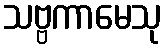
သဗ္ဗကာမေသု